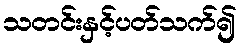
သတင်းနှင့်ပတ်သက်၍